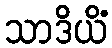
သာဒိယိံ